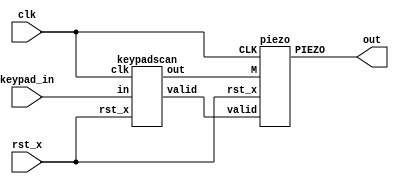
module piano (clk, rst_x, keypad_in, out);
	input clk, rst_x;
	input [11:0] keypad_in;
	output out;
	wire [11:0] c1;
	wire val;
	
	//call keypad scan
	keypadscan ks(.clk(clk), .rst_x(rst_x), .in(keypad_in), 
		.out(c1), .valid(val));

	//call piezo tone
	piezo pp(.CLK(clk), .rst_x(rst_x), .valid(val), .M(c1), .PIEZO(out));
	
endmodule

module keypadscan(clk,rst_x,in,out,valid);
  input clk, rst_x;
  input [11:0]in;
  output reg [11:0]out;
  output reg valid;
  
always@(posedge clk or negedge rst_x) begin
	if(!rst_x) begin	// reset=0
		out <= 12'b000000000000;
		valid <= 0;
		end
	else if (in == 0) begin //finish input data
		valid <=0;
		out <= in; 
	end

	else begin //input data
	out <= in;
	valid <=1;
	end
end
		
endmodule

module piezo(CLK, rst_x, valid, M, PIEZO);
	
	input CLK, rst_x, valid;
	input[11:0] M;
	output wire PIEZO;
	integer CN_SOUND, LIMIT;
	reg BUFF;

	always@(M)begin
		case (M)
        // TODO: write limit number for every keys
		12'b000000000001: LIMIT = 1911; //C, 1000000/261.63/2 = 1911
		12'b000000000010: LIMIT = 1703; //D, 1000000/293.66/2 = 1703
		12'b000000000100: LIMIT = 1517; //E, 1000000/329.63/2 = 1517
		12'b000000001000: LIMIT = 1432; //F, 1000000/349.23/2 = 1432
		12'b000000010000: LIMIT = 1276; //G, 1000000/392/2 = 1276
		12'b000000100000: LIMIT = 1136; //A, 1000000/440/2 = 1136
		12'b000001000000: LIMIT = 1012; //B, 1000000/493.88/2 = 1012
		12'b000010000000: LIMIT = 956; //C, 1000000/523.25/2 = 956
		default:LIMIT = 0; //no sound
		endcase
	end
	
	always@(posedge CLK or negedge rst_x)begin
	
		if(!rst_x) begin //reset=0
			BUFF <= 0;
			CN_SOUND <= 0;
		end
		
		else if(valid ==1) begin
			
			if(CN_SOUND >= LIMIT)begin
				CN_SOUND <= 0 ; //initial CN_SOUND
				BUFF <= ~BUFF; //change BUFF
			end
	
			else CN_SOUND <= CN_SOUND +1; //increase CN_SOUND
		end
	
		else begin //maintain data
			CN_SOUND <= CN_SOUND;
			BUFF <= BUFF;
		end
	end
		
	assign PIEZO = BUFF;
endmodule